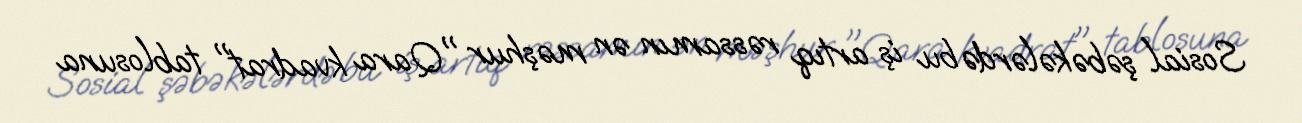
Sosial şəbəkələrdə bu iş artıq rəssamın ən məşhur "Qara kvadrat" tablosuna